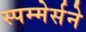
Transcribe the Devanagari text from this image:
स्पम्मेर्सने